Annual statistical returns and brief notes on vaccination in Bengal - 1887-1898
Year: 1887
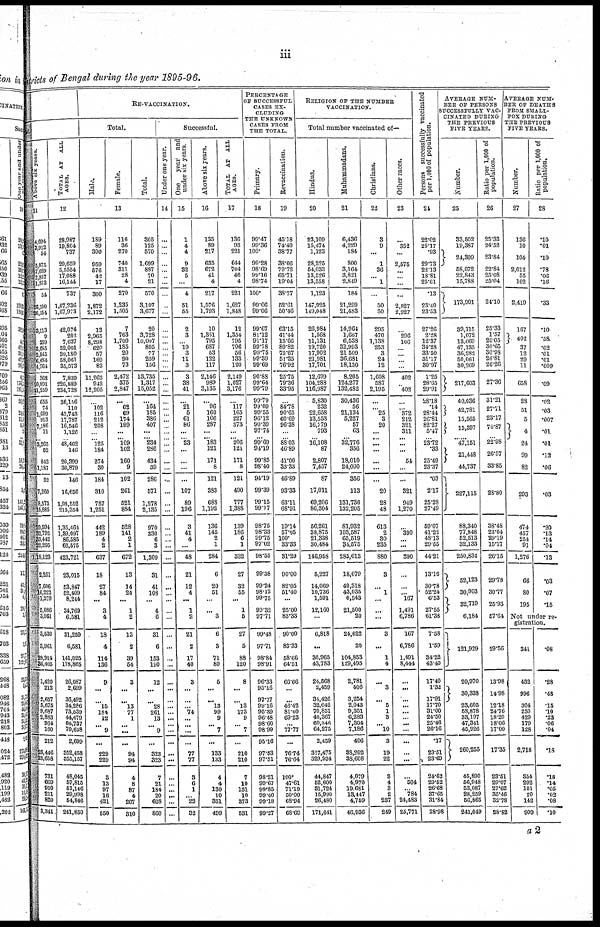
iii
stricts of Bengal during the year 1895-96.
tal.
Above six years.
11
4,694
3,912
54
5,075
7,689
2,857
1,873
54
26,100
26,154
3,113
9
359
3,685
2,845
6,484
4,764
368
20,891
21,259
655
74
1,699
913
7,186
11
3,265
52
843
1,187
52
7,260
8,573
15,885
29,594
32,792
33,442
22,295
1,18,123
2,251
7,606
16,222
1,279
5,086
3,961
3,530
3,961
23,914
36,405
1,420
212
2,657
5,675
9,687
2,883
964
160
212
23,446
23,658
731
669
910
211
820
3,341
TOTAL AT ALL,
AGES.
12
28,987
19,804
737
29,659
5,5554
17,088
16,144
737
1,67,236
1,67,973
42,074
202
7,637
52,001
39,180
58,061
35,573
7,839
220,889
234,728
36,156
110
43,743
17,787
16,546
1,126
48,462
146
20,399
30,879
146
16,656
1,98,552
215,354
1,35,464
1,39,097
86,585
62,575
423,721
23,015
53,847
52,409
8,244
34,769
6,581
31,259
6,581
141,025
178,865
26,087
2,699
36,492
34,286
73,539
44,679
66,737
70,638
2,699
352,458
355,157
48,045
57,815
51,146
29,998
54,846
241,850
RE-VACCINATION.
Total.
Male.
Female.
Total.
13
189
89
300
959
576
42
17
300
1,872
2,172
13
2,965
8,298
620
57
169
83
11,263
942
12,205
...
102
116
212
208
...
125
184
274
30
184
310
757
1,251
442
189
4
2
637
18
27
84
...
3
4
18
4
114
136
9
...
...
15
184
12
...
9
...
229
229
3
13
97
16
421
550
116
36
270
740
311
28
4
270
1,235
1,505
7
763
1,709
185
20
90
73
2,472
375
2,847
...
62
69
174
199
...
109
102
160
9
102
261
521
884
528
141
2
1
672
13
14
24
...
1
2
13
2
39
54
3
...
...
13
77
1
...
...
...
94
94
4
8
87
4
207
310
305
125
570
1,699
887
70
21
570
3,107
3,677
20
3,728
10,067
805
77
259
156
13,735
1,317
15,052
...
164
185
386
407
...
234
286
434
39
286
571
1,278
2,135
970
330
6
3
1,309
31
41
108
...
4
6
31
6
153
190
12
...
...
28
261
13
...
9
...
323
323
7
21
184
20
628
860
Successful.
Under one year.
14
...
...
...
...
...
...
...
...
...
...
...
...
...
...
...
...
...
...
...
...
...
...
...
...
...
...
...
...
...
...
...
...
...
...
...
...
...
...
...
...
...
...
...
...
...
...
...
...
...
...
...
...
...
...
...
...
...
...
...
...
...
...
...
...
...
...
One
year and
under six years.
15
1
4
4
9
32
5
...
4
51
55
2
3
... 19
3
11
3
3
38
41
...
21
5
61
86
...
23
...
...
...
...
107
89
196
3
41
4
...
48
21
12
4
...
1
2
21
2
17
40
3
...
... ...
74
...
...
...
...
77
77
3
6
1
...
22
32
Above six years.
16
135
89
217
635
672
41
4
217
1,576
1,793
10
1,351
795
687
53
122
117
2,146
989
3,135
...
96
160
166
287
...
183
121
171
8
121
383
688
1,192
136
145
2
1
284
6
20
51
...
...
3
6
3
71
80
5
...
...
13
99
9
...
7
...
133
133
4
4
130
10
351
499
TOTAL AT ALL
AGES.
17
136
93
221
644
704
46
4
221
1,627
1,848
12
1,354
795
706
56
133
120
2,149
1,027
3,176
...
117
165
227
373
...
206
121
171
8
121
490
777
1,388
139
186
6
1
332
27
32
55
...
1
5
27
5
88
120
8
...
...
13
173
9
...
7
...
210
210
7
10
131
10
373
531
PERCENTAGE
OF SUCCESSFUL
CASES EX-
CLUDING
THE UNKNOWN
CASES FROM
THE TOTAL.
Primary.
18
99.47
99.36
100.
99.28
98.69
99.16
98.74
100.
99.06
99.06
99.67
81.12
91.17
99.78
99.75
99.39
99.69
90.88
99.64
99.79
99.79
99.09
99.55
96.12
99.39
97.74
99.69
91.19
99.85
98.40
94.19
99.39
99.15
99.17
98.75
98.33
99.75
97.02
98.55
99.38
99.24
98.12
99.75
99.32
97.71
99.48
97.71
98.84
98.91
96.33
95.16
97.77
99.16
95.39
96.48
98.60
98.99
95.16
97.53
97.51
98.21
99.67
99.85
99.40
99.18
99.27
Revaccination.
19
45.18
74.40
38.77
38.06
79.72
65.71
19.04
38.77
52.61
50.46
63.15
41.44
15.66
89.82
75.67
51.35
76.92
25.75
79.36
33.95
...
84.78
90.65
60.69
96.38
...
88.03
46.89
41.00
33.33
46.89
93.33
63.11
68.91
19.14
57.05
100.
33.33
31.29
90.00
82.05
51.40
...
25.00
83.33
90.00
83.33
58.66
64.51
66.66
...
...
46.42
81.60
69.23
...
77.77
...
76.74
76.64
100.
47.61
71.19
50.00
68.94
68.69
RELIGION OP THE NUMBER
VACCINATION.
Total number vaccinated of—
Hindus.
20
23,109
15,474
1,123
28,225
54,033
13,526
13,558
1,123
147,925
149,048
26,984
1,568
11,131
19,720
17,902
21,981
17,701
12,699
104,288
116,987
5,830
232
22,658
13,553
16,779
793
16,108
87
2,807
7,457
87
17,011
69,206
86,304
56,261
38,875
21,338
30,484
146,958
5,227
14,069
10,736
1,591
12,160
...
6,818
...
36,965
43,783
24,568
2,459
34,426
32,642
70,851
40,367
60,346
64,275
2,459
327,475
329,934
44,847
52,600
31,724
15,990
26,480
171,641
Muhammadans.
21
6,436
4,229
184
800
3,164
3,821
2,849
184
21,299
21,483
14,964
1,667
6,538
32,993
21,509
36,681
18,130
8,205
124,277
132,482
30,436
56
21,134
5,227
57
63
32,776
356
18,010
24,090
356
113
131,736
132,205
81,932
103,587
65,519
34,575
285,613
18,079
40,318
43,035
6,543
21,500
20
24,622
20
104,853
129,495
2,781
406
3,254
2,043
9,351
6,283
7,304
7,186
406
38,202
38,608
4,079
4,970
19,681
13,447
4,759
46,936
Christians.
22
3
9
...
1
36
...
1
...
50
50
295
470
1,138
253
3
24
12
1,608
587
2,195
...
...
25
3
20
...
...
...
...
...
...
20
28
48
613
2
30
235
880
3
...
1
...
...
...
3
...
1
4
...
3
...
5
1
3
... 10
3
19
22
3
4
3
2
237
249
Other races.
23
...
352
...
2,575
...
...
...
...
2,927
2,927
...
296
106
...
...
...
...
402
...
402
...
...
372
212
321
311
...
...
54
...
...
321
949
1,270
...
390
...
...
890
...
...
... 167
1,491
6,786
167
6,786
1,491
8,444
...
...
...
...
...
...
...
...
...
...
...
...
504
... 784
24,483
25,771
Persons successfully vaccinated
per 1,000 of population.
24
22.02
25.17
.93
29.73
22.13
18.81
25.61
.13
23.40
23.53
27.26
2.28
12.37
34.28
33.50
31.17
30.97
1.25
28.65
29.91
28.18
.14
28.44
26.81
82.27
5.47
23.72
.33
25.49
23.37
.03
2.17
25.28
27.49
59.07
41.22
48.13
29.55
44.21
13.16
30.78
52.24
6.53
27.55
61.38
7.58
1.59
84.22
43.40
17.40
1.32
17.91
17.70
31.00
24.50
25.46
26.16
.17
23.51
23.69
24.62
29.52
26.68
37.65
31.84
28.98
AVERAGE NUM-
BER OF PERSONS
SUCCESSFULLY VAC
CINATED DURING
THE PREVIOUS
FIVE YEARS.
Number.
25
33,502
19,387
24,309
58,072
22,843
15,788
173,901
39,115
1,072
13,669
47,135
36,282
50,061
30,269
217,603
40,036
42,781
15,565
15,397
47,l51
21,448
44,737
227,115
88,340
77,848
52,513
32,133
250,834
52,123
30,903
32,719
6,184
121,929
20,970
30,338
23,605
58,878
33,197
47,341
45,926
260,255
45,890
56,948
53,087
28,259
56,865
241,049
Ratio per 1,000 of
population.
26
25.33
24.52
23.84
22.84
25.08
25.04
24.10
25.33
1.57
20.05
30.65
30.98
26.81
26.26
27.36
31.21
27.71
23.17
74.87
22.98
26.57
33.85
28.80
38.48
23.04
29.19
15.17
26.15
29.78
30.77
25.93
57.64
29.56
13.98
14.98
12.18
24.76
18.20
18.06
17.00
17.35
23.51
29.07
27.62
35.46
32.78
28.82
AVERAGE NUM-
--- OF DEATHS
FROM SMALL-
POX DURING
THE PREVIOUS
FIVE YEARS.
Number.
27
136
10
104
2,012
55
102
2,419
167
402
37
12
29
11
658
28
51
5
4
24
99
82
293
474
457
254
91
1,276
66
80
195
Ratio per 1,000 of
population,
28
.10
.01
.10
.78
.06
.16
.33
.10
.58
.02
.01
.01
.009
.09
.02
.03
.007
.01
.01
.12
.06
.03
.20
.13
.14
.04
.13
.03
.07
.15
Not under re-
gistration.
341
432
996
304
250
429
179
128
2,718
354
292
101
20
142
909
.08
.28
.48
.15
.10
.23
.06
.04
.18
.18
.14
.05
.02
.08
.10
a 2